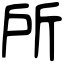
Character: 所